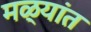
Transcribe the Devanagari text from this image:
मळ्यांत